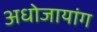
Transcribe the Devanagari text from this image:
अधोजायांग